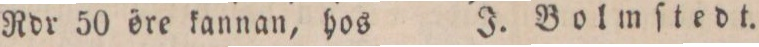
Rdr 50 öre kannan, hos    J. Bolmſtedt.